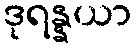
ဒုရန္နယာ